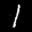
Label: 1